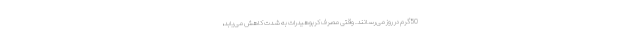
50 گرم در روز می‌رسانند. وقتی مصرف کربوهیدرات به شدت کاهش می‌یابد،